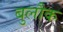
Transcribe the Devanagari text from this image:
बुलौक